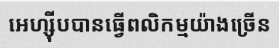
អេហ្ស៊ីបបានធ្វើពលិកម្មយ៉ាងច្រើន